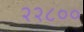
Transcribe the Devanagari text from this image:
२२८००